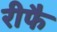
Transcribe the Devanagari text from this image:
रीफै